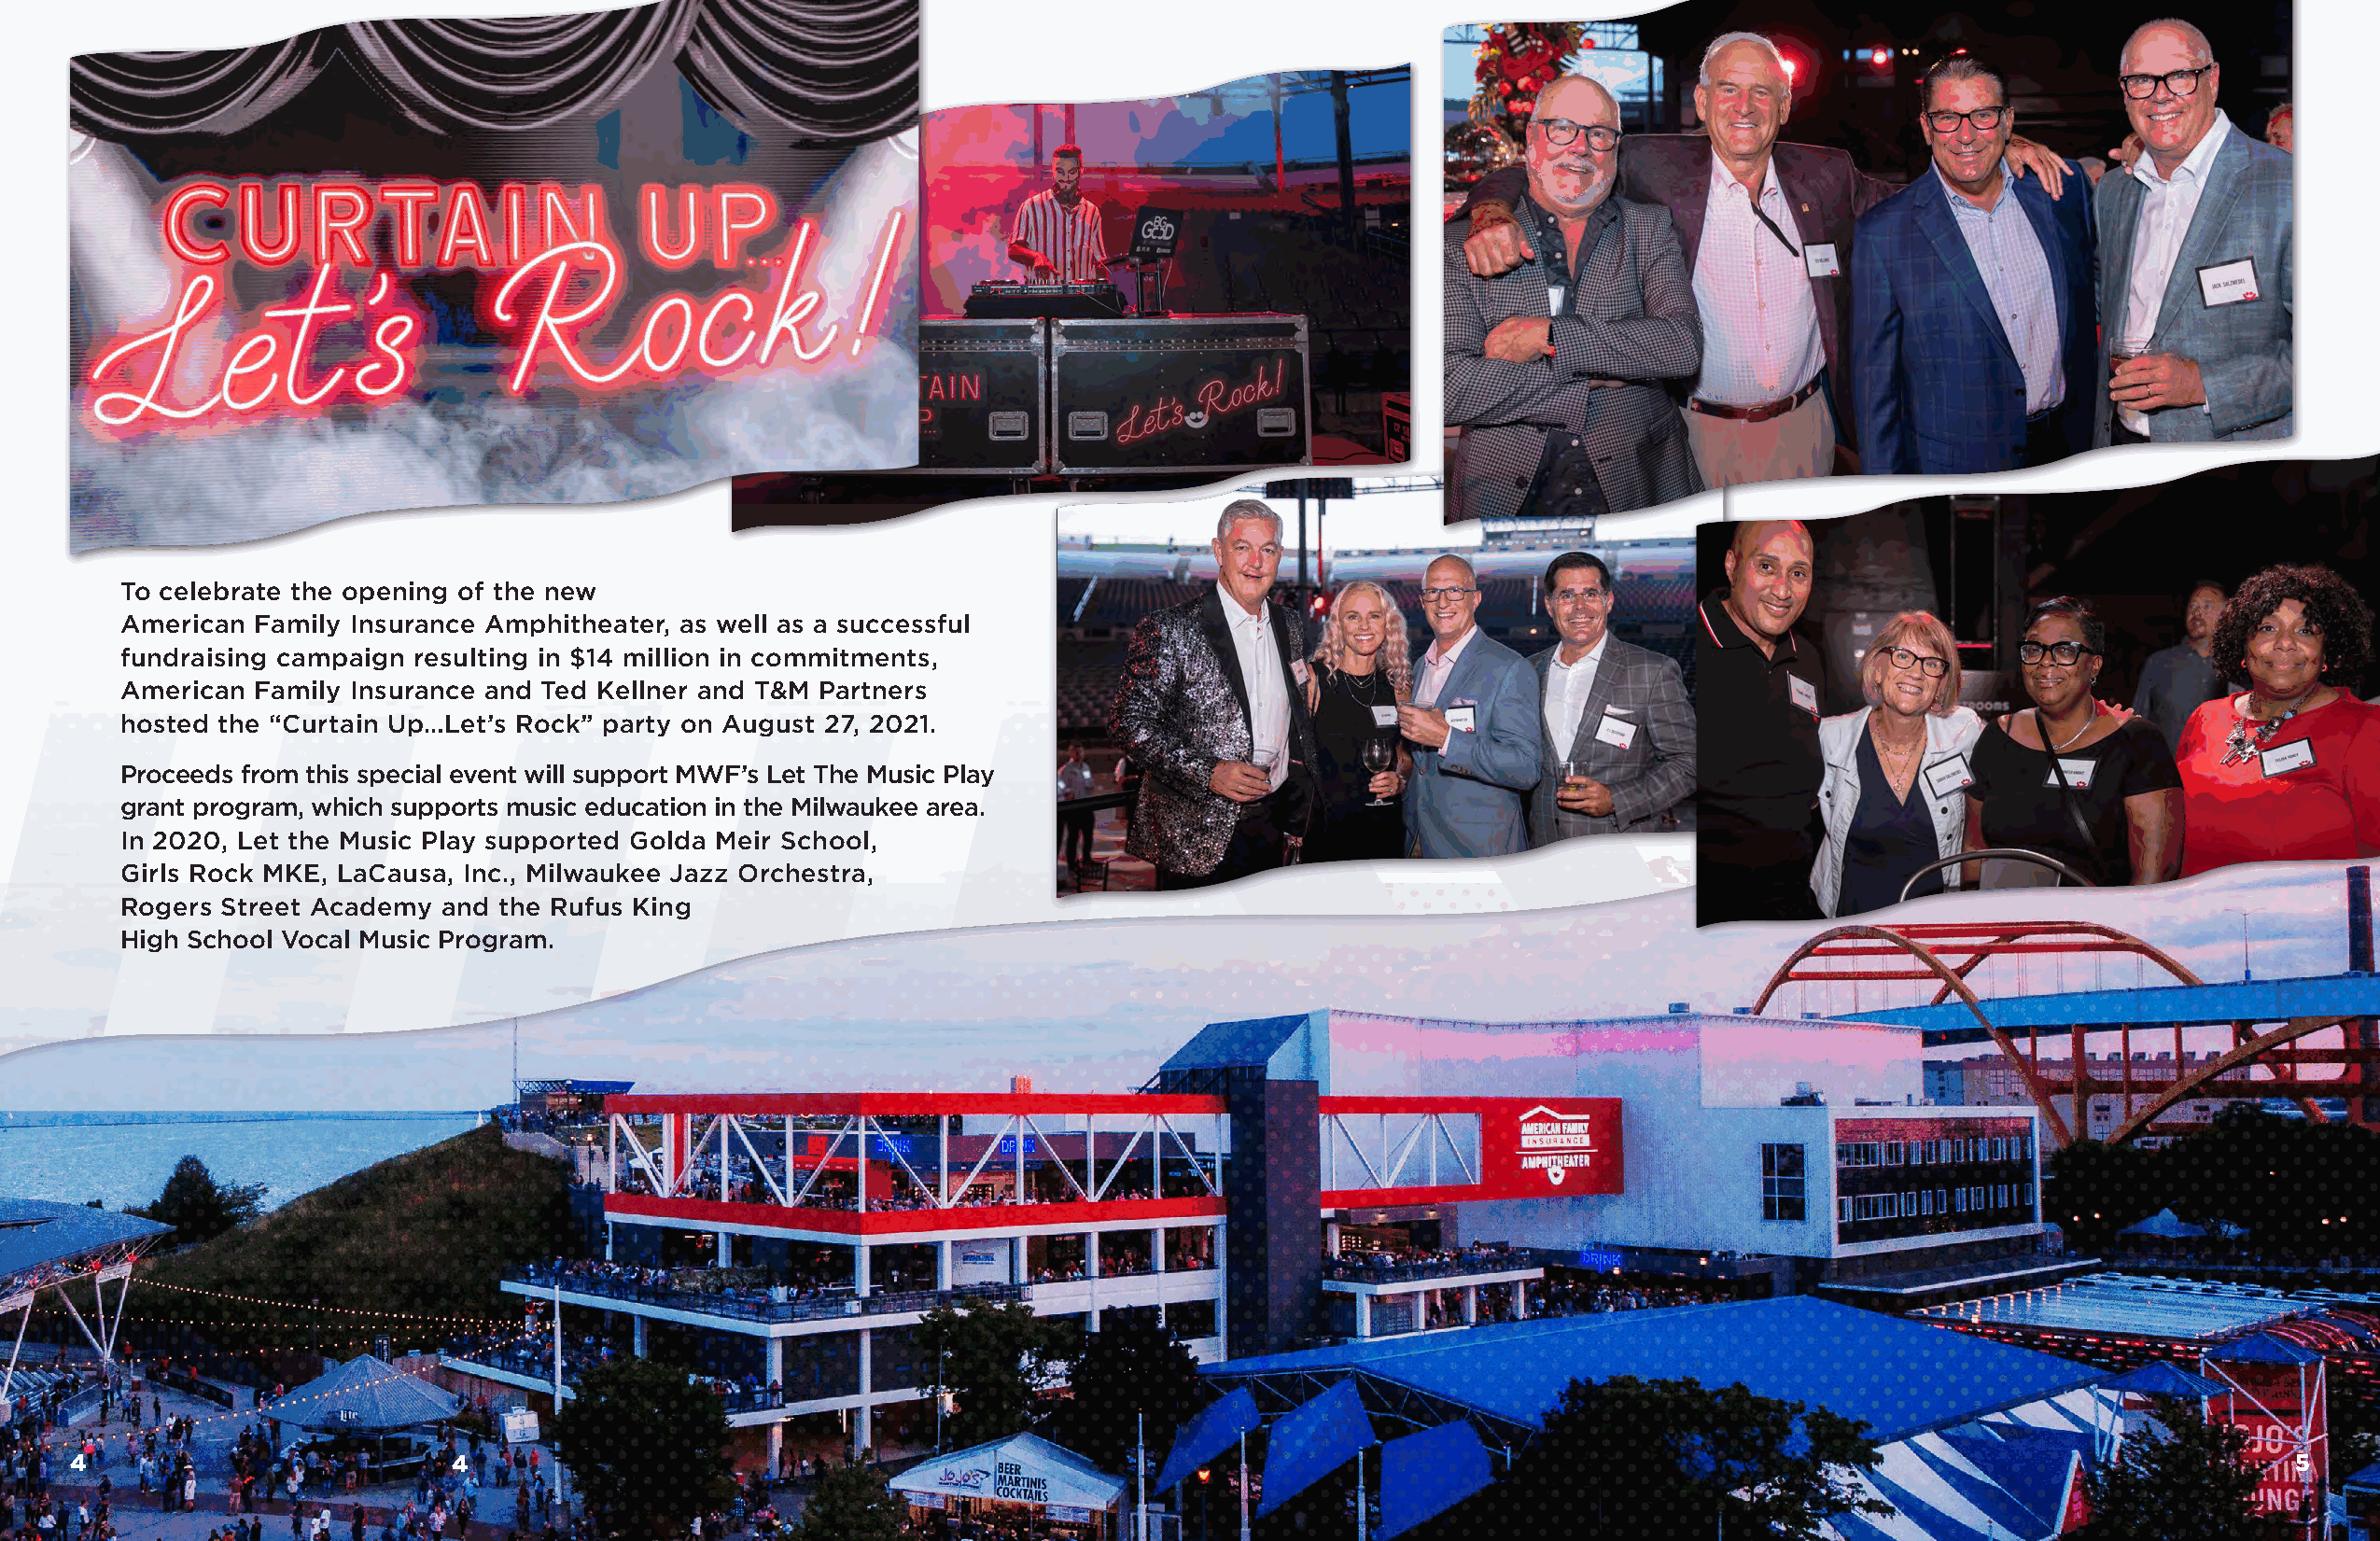
To celebrate the opening of the new
 American Family Insurance Amphitheater, as well as a successful
 fundraising campaign resulting in $14 million in commitments,
 American Family Insurance and Ted Kellner and T&M Partners
 hosted the “Curtain Up…Let’s Rock” party on August 27, 2021.
 Proceeds from this special event will support MWF’s Let The Music Play
 grant program, which supports music education in the Milwaukee area.
 In 2020, Let the Music Play supported Golda Meir School,
 Girls Rock MKE, LaCausa, Inc., Milwaukee Jazz Orchestra,
 Rogers Street Academy and the Rufus King
 High School Vocal Music Program.
 44                         44                                                                                                                                 55